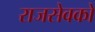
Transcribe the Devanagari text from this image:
राजसेवकों